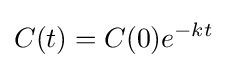
C(t)=C(0)e^{-kt}